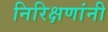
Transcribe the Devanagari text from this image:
निरिक्षणांनी